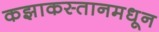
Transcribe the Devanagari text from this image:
कझाकस्तानमधून